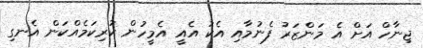
ޖިނާހް އަށް އެ މަންޒަރު ފެނުމާއި އެކު އެއީ އެމީހުން ކުރިކަމެއްކަން އެނގި